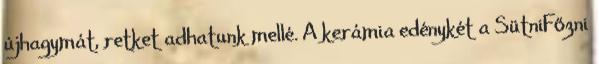
újhagymát, retket adhatunk mellé. A kerámia edénykét a SütniFőzni